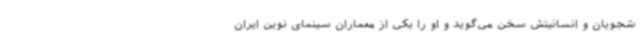
شجویان و انسانیتش سخن می‌گوید و او را یکی از معماران سینمای نوین ایران